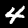
Label: 4